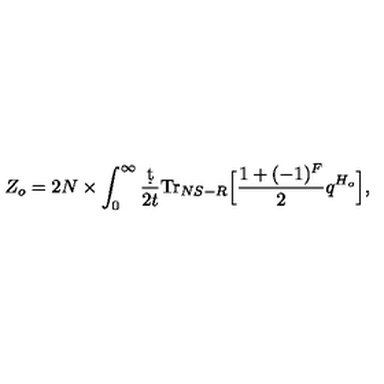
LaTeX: Z _ { o } = 2 N \times \int _ { 0 } ^ { \infty } \frac { \d t } { 2 t } \mathrm { T r } _ { N S - R } \Big [ \frac { 1 + ( - 1 ) ^ { F } } { 2 } q ^ { H _ { o } } \Big ] ,